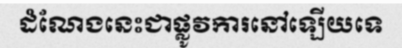
ដំណែងនេះជាផ្លូវការនៅឡើយទេ